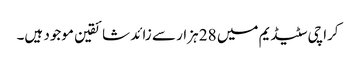
کراچی سٹیڈیم میں 28 ہزار سے زائد شائقین موجود ہیں۔